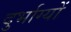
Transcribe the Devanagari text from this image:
दुर्भाग्यों